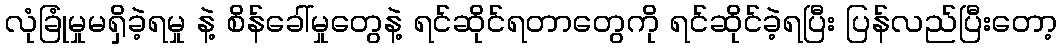
လုံခြုံမှုမရှိခဲ့ရမှု နဲ့ စိန်ခေါ်မှုတွေနဲ့ ရင်ဆိုင်ရတာတွေကို ရင်ဆိုင်ခဲ့ရပြီး ပြန်လည်ပြီးတော့